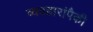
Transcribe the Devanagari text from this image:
व्यवहारांपैकी